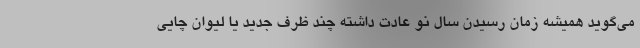
می‌گوید همیشه زمان رسیدن سال نو عادت داشته چند ظرف جدید یا لیوان چایی